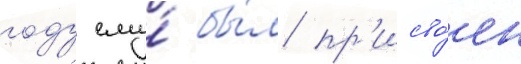
году ему́ бы́л пр'исво́ен